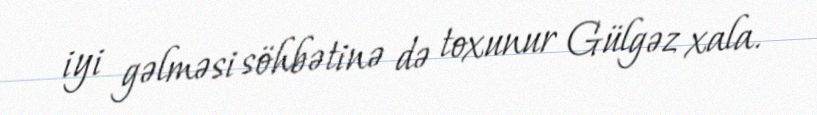
iyi gəlməsi söhbətinə də toxunur Gülgəz xala.